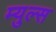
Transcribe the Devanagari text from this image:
म्युल्स